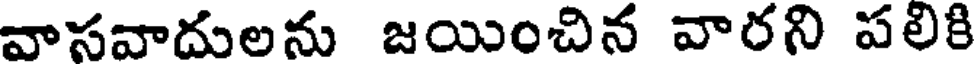
వాసవాదులను జయించిన వారని పలికి